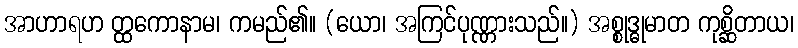
အာဟာရဟ တ္ထကောနာမ၊ ကမည်၏။ (ယော၊ အကြင်ပုဏ္ဏားသည်။) အစ္စုဒ္ဓုမာတ ကုစ္ဆိတာယ၊